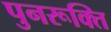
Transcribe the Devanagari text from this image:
पुनरूक्ति